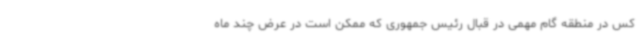
کس در منطقه گام مهمی در قبال رئیس جمهوری که ممکن است در عرض چند ماه